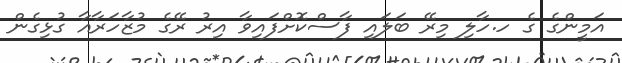
އަމީންގެ ގެ ހ.ހާލި މިރޭ ބަލައި ފާސްކޮށްފައިވާ އިރު ރޭގެ މުޒާހަރާއާ ގުޅިގެން